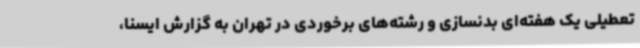
تعطیلی یک هفته‌ای بدنسازی و رشته‌های برخوردی در تهران به گزارش ایسنا،